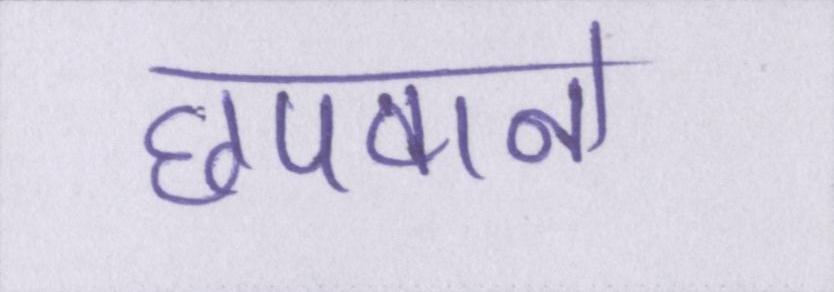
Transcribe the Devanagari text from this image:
छपवाने